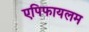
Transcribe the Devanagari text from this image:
एपिफायलम